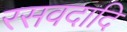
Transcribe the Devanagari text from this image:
रसवदादि